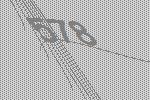
578